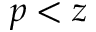
p < z